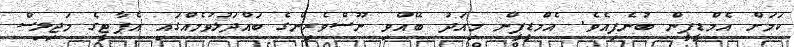
ކަމަށް އެމްޑީޕީން ބުނެފިއެވެ. އެމްޑީޕީން މިއަދު ބޭއްވި ނޫސްވެރިންގެ ބައްދަލުވުމެއްގައި އެޕާޓީގެ މަޖިލިސް